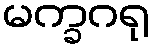
မက္ခဂရု